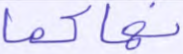
نهاكما